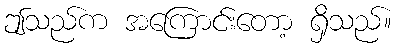
ဤသည်က အကြောင်းတော့ ရှိသည်။